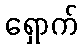
ရှောက်